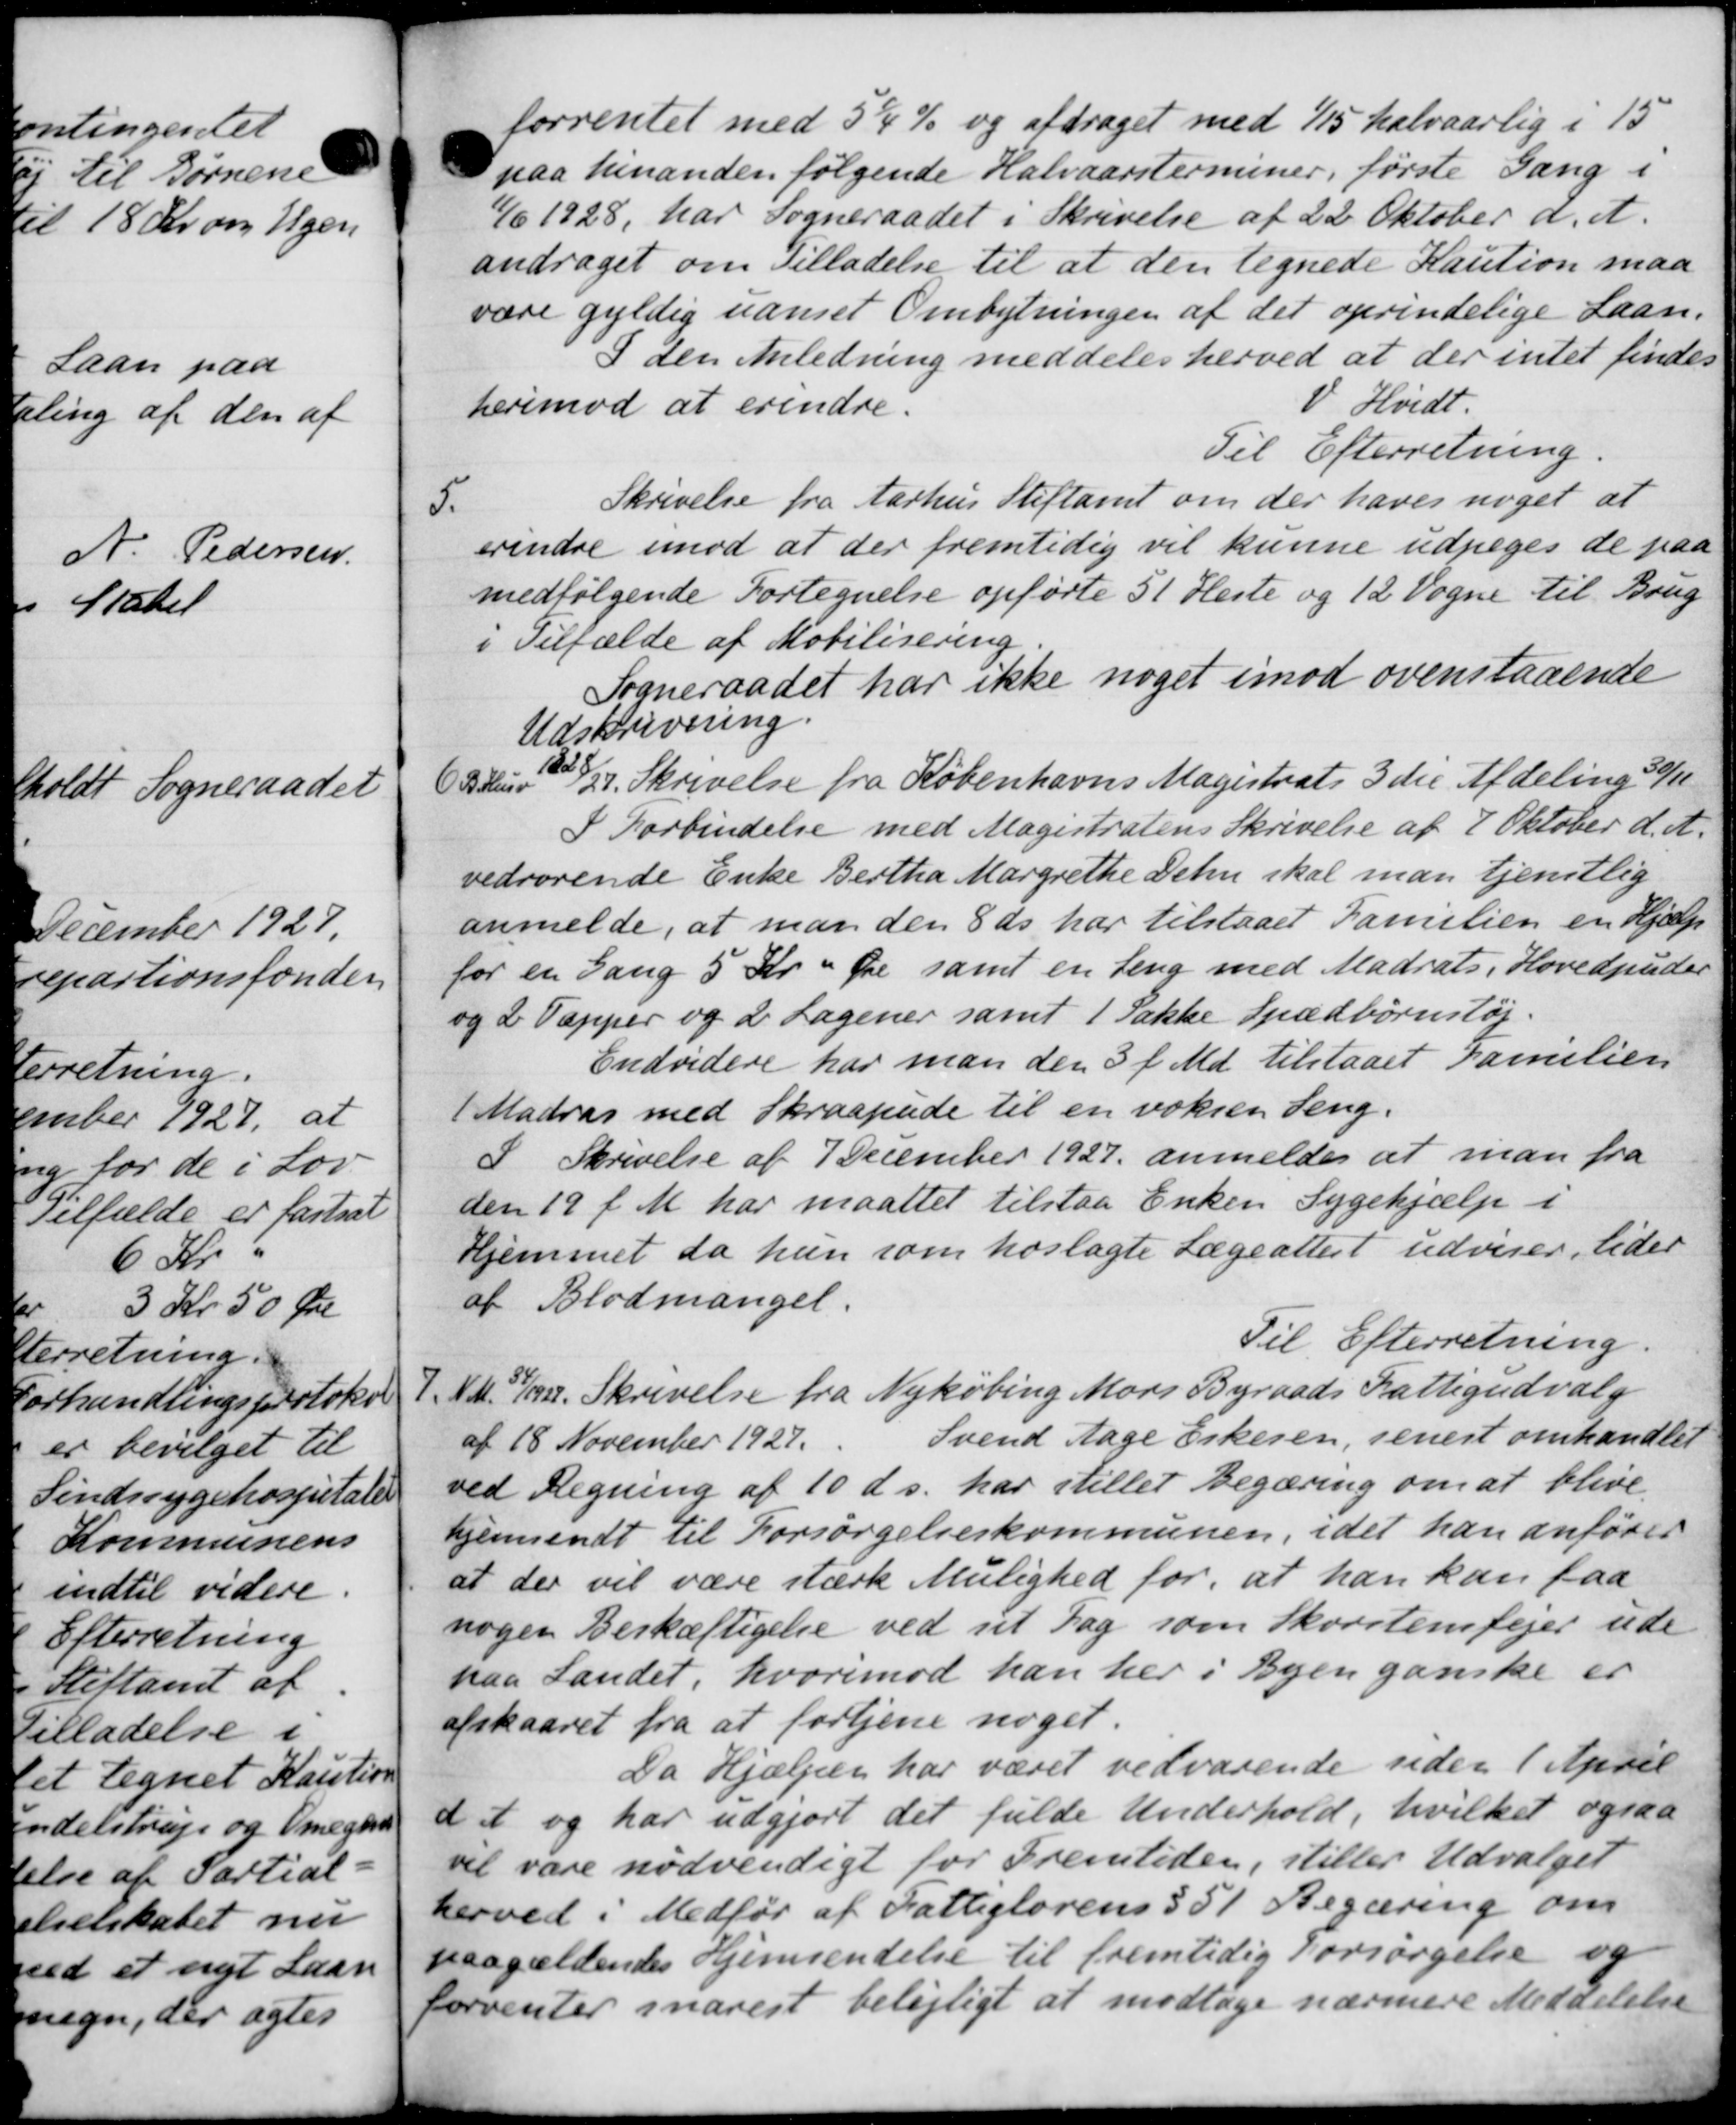
Transskription:
forrentet med 5½ % og afdraget med 1/15 halvaarlig i 15
paa hinanden følgende Halvaarsterminer, første Gang i
1/6 1928, har Sogneraadet i Skrivelse af 22 Oktober d. A.
andraget om Tilladelse til at den tegnede Kaution maa
være gyldig uanset Ombytningen af det oprindelige Laan.
I den Anledning meddeles herved at der intet findes
V Hvidt.
herimod at erindre.
Til Efterretning
5.
Skrivelse fra Aarhus Stiftamt om der haves noget at
erindre imod at der fremtidig vil kunne udpeges de paa
medfølgende Fortegnelse opførte 51 Heste og 12 Vogne til Brug
i Tilfælde af Mobilisering
Sogneraadet har ikke noget imod ovenstaaende
Udskrivering.
6 Rdlr 27. Skrivelse fra Københavns Magistrats 3 die Afdeling 30/11
I Forbindelse med Magistratens Skrivelse af 7 Oktober d. A.
vedrørende Enke Bertha Margrethe Delen skal man tjenstlig
anmelde, at man den 8 ds har tilstaaet Familien en Hjælp
for en Gang 5 Kr Øre samt en seng med Madrats, Hovedpuder
og 2 Tapper og 2 Sagener samt 1 Pakke Spædbørnstøj.
Endvidere har man den 3 f. Md. tilstaaet Familien
Madras med Skraapade til en voksen Leng.
I Skrivelse af 7 December 1927, anmeldes at man fra
den 19 f. M. har maattet tilstaa Enken Sygehjælp i
Hjemmet da hun som hoslagte Lægeattest udviser, lider
af Blodmangel.
Til Efterretning.
7. Kl. 141/1922. Skrivelse fra Nykøbing Mars Byraads Fattigudvalg
af 18 November 1927. Svend Aage Eskesen, senest omhandler
ved Regning af 10 ds. har stillet Begæring om at blive
hjemsendt til Forsørgelseskommunen, idet han anfører
at der vil være stærk Mulighed for, at han kan faa
nogen Beskæftigelse ved sit Dag som Skorstensfejer ude
paa Landet, hvorimod han her i Byen ganske er
afskaaret fra at fortjene noget.
Da Hjælpen har været vedvarende uden 1 April
dt og har udgjort det fulde Underhold, hvilket ogsaa
vil være nødvendigt for Fremtiden, stiller Udvalget
herved i Medfør af Fattiglovens § 51 Begæring om
paagældendes Hjemsendelse til fremtidig Forsørgelse og
forventer snarest belejligt at modtage nærmere Meddelelse